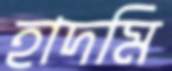
হাদমি